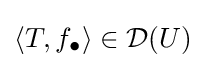
\langle T,f_{\bullet }\rangle \in {\mathcal {D}}(U)